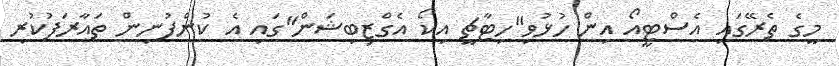
މީގެ ތެރޭގައި އެސްޓީއޯ އިން ހުޅުވި"ހިޓާޗީ އިކޯ އެގްޒިބިޝަން"ގައި އެ ކުންފުނިން ތައާރަފުކުރި